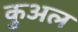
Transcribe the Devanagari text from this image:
कुअल